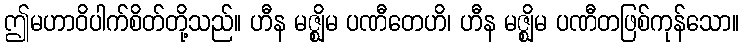
ဤမဟာဝိပါက်စိတ်တို့သည်။ ဟီန မဇ္ဈိမ ပဏီတေဟိ၊ ဟီန မဇ္ဈိမ ပဏီတဖြစ်ကုန်သော။